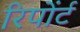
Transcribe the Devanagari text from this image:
रिपोंर्ट